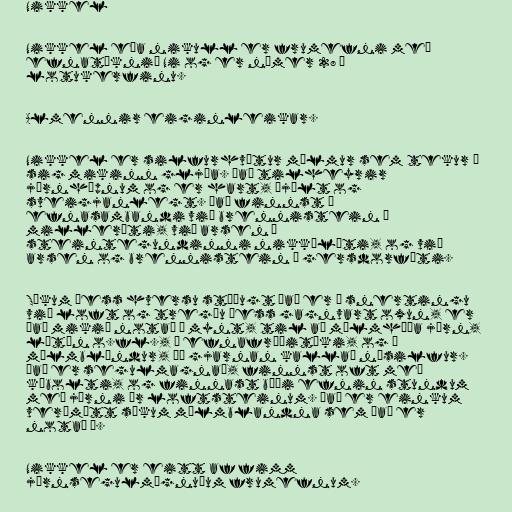
Nikkel

Nikkel eða nikull er frumefni með
efnatáknið Ni og er númer 28 í
lotukerfinu.

Almennir eiginleikar.

Nikkel er silfurhvítur málmur sem tekur á
sig mikinn gljáa. Það tilheyrir
járnhópnum og er hart, þjált og
sveigjanlegt. Það finnst í
efnasambandi við brennistein í
milleríti, við arsen í
steintegundinni nikkólíti, og við
arsen og brennistein í gersdorfíti.

Sökum þess hversu stöðugt það er í snertingu
við loft og tregðu þess gagnvart oxun, er
það mikið notað í mynt, til að málmhúða járn,
látún o.fl., í efnafræðitæki, og í
málmblöndur, þá gjarnan kallað nýsilfur.
Það er segulmagnað, finnst oft með
kóbolti, og finnast bæði efnin stundum
með járni úr loftsteinum. Það er einkum
verðmætt sökum málmblandna sem það er
notað í.

Nikkel er eitt af fimm
járnsegulmögnuðum frumefnum.